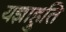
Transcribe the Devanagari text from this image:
यज्ञाहुति